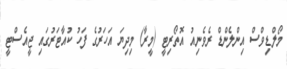
މޯލްޑިވްސް އިންލެންޑް ރެވެނިއު އޮތޯރިޓީ (މީރާ) މިދިޔަ އަހަރުގެ ފަހު ކުއާޓަރުގައި ޖީއެސްޓީ